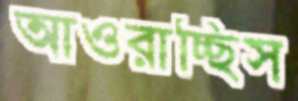
আওরাচ্ছিস